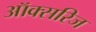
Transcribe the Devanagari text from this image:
ऑक्सरिज